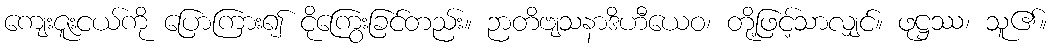
ကျေးဇူးငယ်ကို ပြောကြား၍ ငိုကြွေးခြင်တည်း။ ဉာတိဗျသနာဒိဟီယေဝ၊ တို့ဖြင့်သာလျှင်။ ဖုဋ္ဌဿ၊ သူ၏။